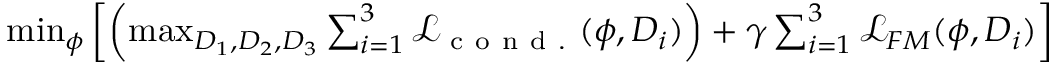
\begin{array} { r } { \operatorname* { m i n } _ { \phi } \left[ \left( \operatorname* { m a x } _ { D _ { 1 } , D _ { 2 } , D _ { 3 } } \sum _ { i = 1 } ^ { 3 } \mathcal { L } _ { \mathrm { ~ c ~ o ~ n ~ d ~ . ~ } } ( \phi , D _ { i } ) \right) + \gamma \sum _ { i = 1 } ^ { 3 } \mathcal { L } _ { F M } ( \phi , D _ { i } ) \right] } \end{array}